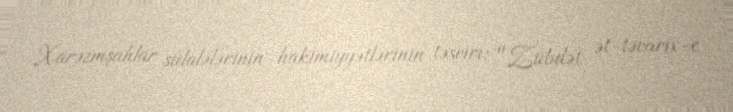
Xarəzmşahlar sülalələrinin hakimiyyətlərinin təsviri; "Zübdət ət-təvarix-e